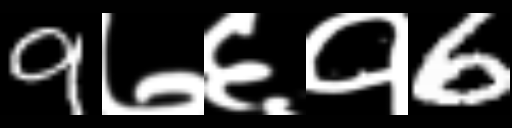
Text: 9७६१6